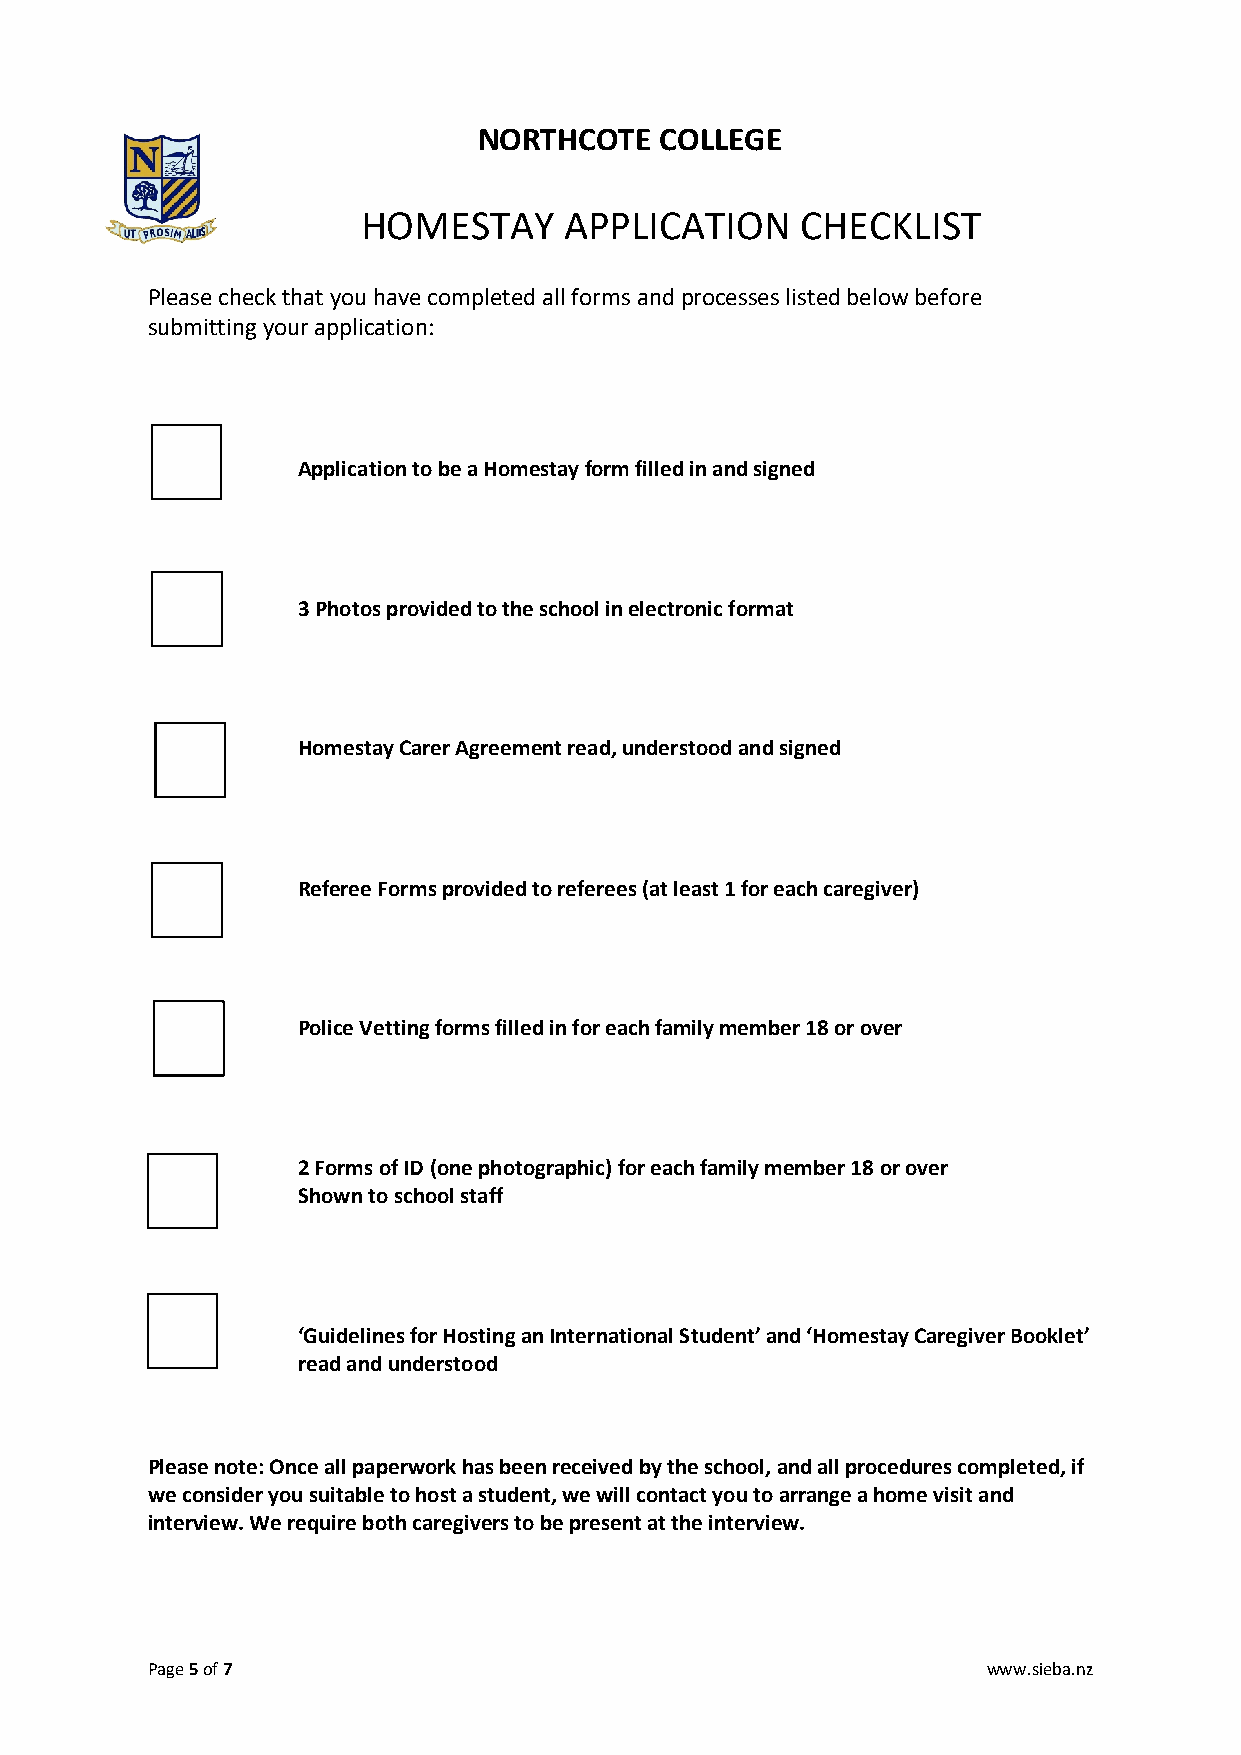
NORTHCOTE   COLLEGE
 HOMESTAY     APPLICATION     CHECKLIST
 Please check that you have completed all forms and processes listed below before
 submitting your application:
 Application to be a Homestay form filled in and signed
 3 Photos provided to the school in electronic format
 Homestay Carer Agreement read, understood and signed
 Referee Forms provided to referees (at least 1 for each caregiver)
 Police Vetting forms filled in for each family member 18 or over
 2 Forms of ID (one photographic) for each family member 18 or over
 Shown to school staff
 ‘Guidelines for Hosting an International Student’ and ‘Homestay Caregiver Booklet’
 read and understood
 Please note: Once all paperwork has been received by the school, and all procedures completed, if
 we consider you suitable to host a student, we will contact you to arrange a home visit and
 interview. We require both caregivers to be present at the interview.
 Page 5 of 7                                            www.sieba.nz